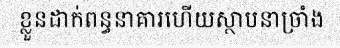
ខ្លួនដាក់ពន្ធនាគារហើយស្ថាបនាច្រាំង